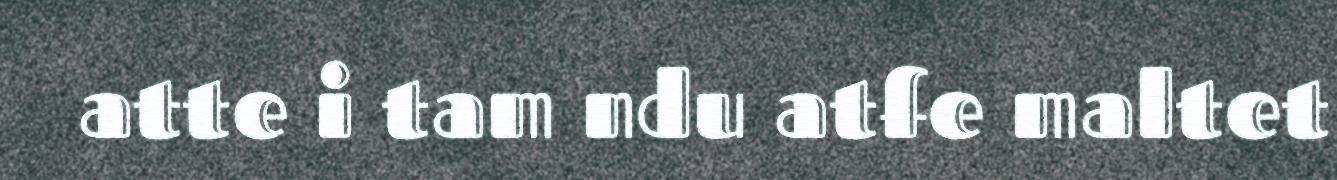
atte i tam ndu atfe maltet